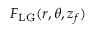
F _ { \mathrm { L G } } ( r , \theta , z _ { f } )